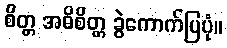
စိတ္တ အဓိစိတ္တ ခွဲကောက်ပြပုံ။